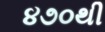
૪૭૦થી